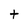
Character: t